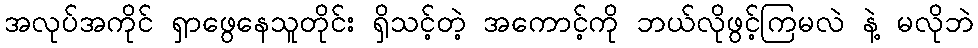
အလုပ်အကိုင် ရှာဖွေနေသူတိုင်း ရှိသင့်တဲ့ အကောင့်ကို ဘယ်လိုဖွင့်ကြမလဲ နဲ့ မလိုဘဲ